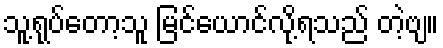
သူ့ရုပ်တော့သူ မြင်ယောင်လို့ရသည် တဲ့ဗျ။